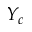
Y _ { c }